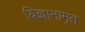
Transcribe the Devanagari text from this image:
विज्ञानामृत